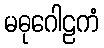
မဓုဂေါဠကံ